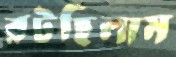
রটছিলাম